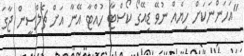
"އަހަންނަކަށް ހިޔެއް ނުވޭ ޑިއޭގޯ ކޯސްޓާ ހުއްޓާ އޭނާ އަށް ޗެލްސީން ޖާގަ